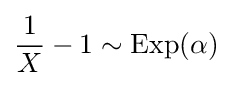
{\frac {1}{X}}-1\sim {\textrm {Exp}}(\alpha )